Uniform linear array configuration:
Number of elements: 16
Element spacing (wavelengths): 0.75
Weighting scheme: binomial
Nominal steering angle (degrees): -15
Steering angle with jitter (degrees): -14.187
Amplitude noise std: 0.05
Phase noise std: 0.05

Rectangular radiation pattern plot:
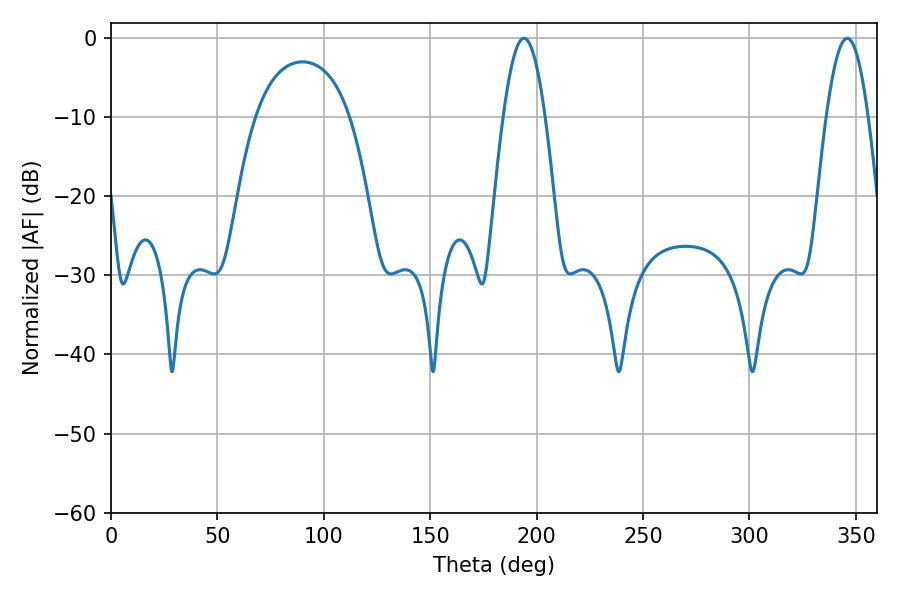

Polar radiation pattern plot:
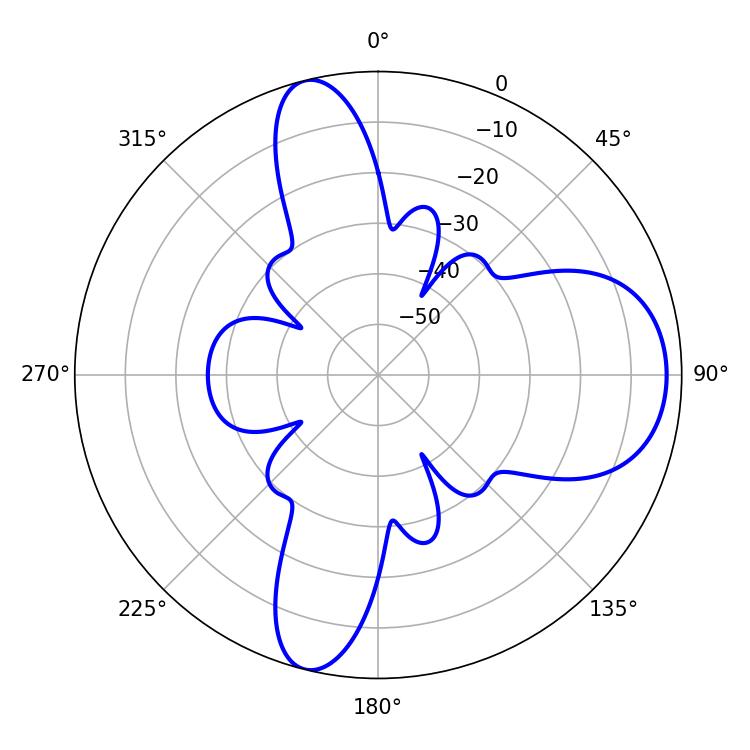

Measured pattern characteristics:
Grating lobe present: TRUE
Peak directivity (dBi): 10.598
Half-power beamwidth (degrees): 10.62
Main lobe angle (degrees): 194.04